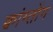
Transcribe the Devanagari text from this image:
क्वांग्तोंग